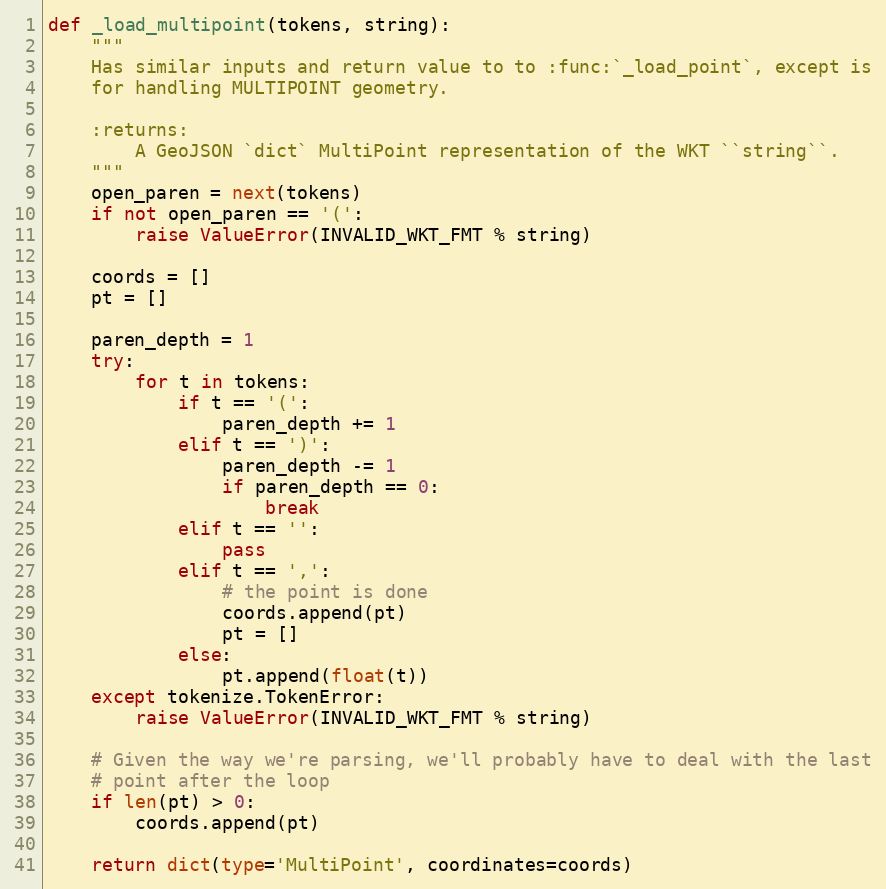
Language: Python
def _load_multipoint(tokens, string):
    """
    Has similar inputs and return value to to :func:`_load_point`, except is
    for handling MULTIPOINT geometry.

    :returns:
        A GeoJSON `dict` MultiPoint representation of the WKT ``string``.
    """
    open_paren = next(tokens)
    if not open_paren == '(':
        raise ValueError(INVALID_WKT_FMT % string)

    coords = []
    pt = []

    paren_depth = 1
    try:
        for t in tokens:
            if t == '(':
                paren_depth += 1
            elif t == ')':
                paren_depth -= 1
                if paren_depth == 0:
                    break
            elif t == '':
                pass
            elif t == ',':
                # the point is done
                coords.append(pt)
                pt = []
            else:
                pt.append(float(t))
    except tokenize.TokenError:
        raise ValueError(INVALID_WKT_FMT % string)

    # Given the way we're parsing, we'll probably have to deal with the last
    # point after the loop
    if len(pt) > 0:
        coords.append(pt)

    return dict(type='MultiPoint', coordinates=coords)